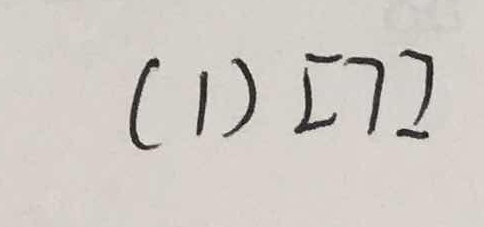
( 1 ) [ 7 ]